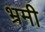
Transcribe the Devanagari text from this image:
भ्रमी